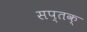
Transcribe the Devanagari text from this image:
सप्तक्